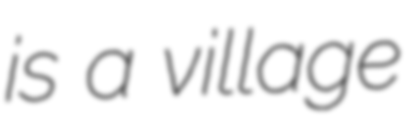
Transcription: is a village